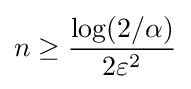
n\geq {\frac {\log(2/\alpha )}{2\varepsilon ^{2}}}